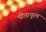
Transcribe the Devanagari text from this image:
पीठापूरम